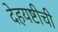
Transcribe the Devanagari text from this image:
देहयष्टीची